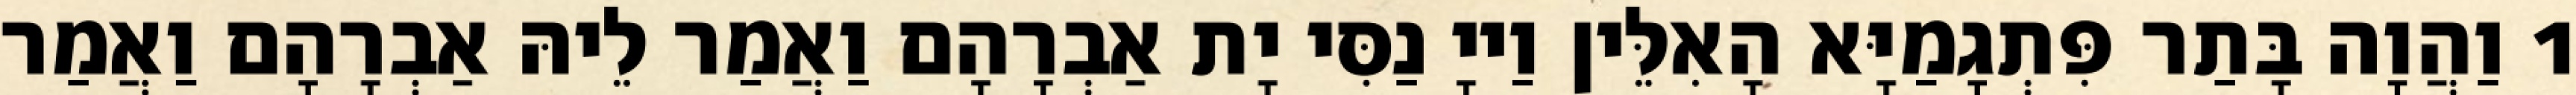
1 וַהֲוָה בָּתַר פִּתְגָמַיָּא הָאִלֵּין וַייָ נַסִּי יָת אַבְרָהָם וַאֲמַר לֵיהּ אַבְרָהָם וַאֲמַר